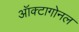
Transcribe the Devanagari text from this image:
ऑक्टागोनल